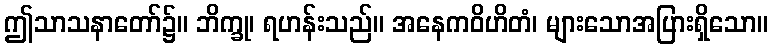
ဤသာသနာတော်၌။ ဘိက္ခု၊ ရဟန်းသည်။ အနေကဝိဟိတံ၊ များသောအပြားရှိသော။